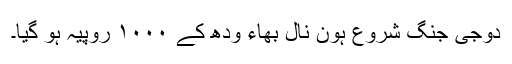
دُوجی جنگ شروع ہون نال بھاء ودھ کے ١٠٠٠ روپیہ ہو گیا۔